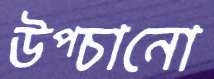
উপ্‌চানো